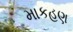
માકહણ